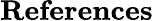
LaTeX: \textbf{References}